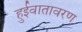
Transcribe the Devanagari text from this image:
हुईवातावरण